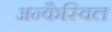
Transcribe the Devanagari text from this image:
अन्कैस्विल